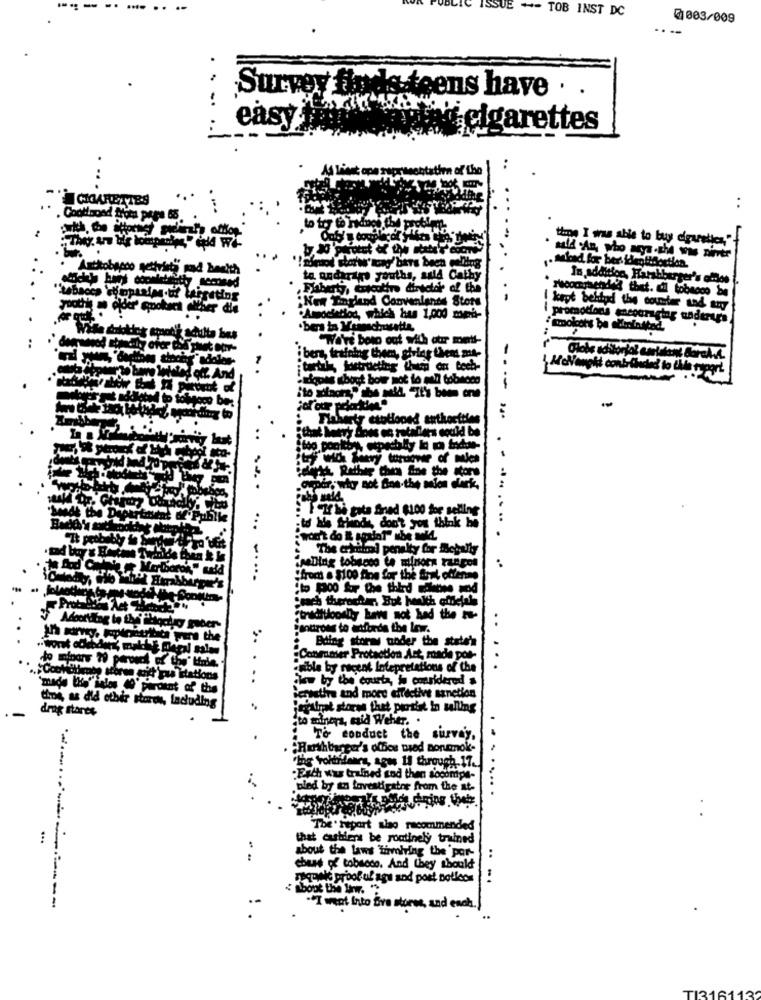
ISSUE -- TOB INST DC
@003/009
Survey fayds-teens have . .
easy ##
aplné cigarettes
CIGARETTES
..
Coolloond from page 65
to tor to
said An, Who aya -the was nimver
. skad for ber. identidortlen.
to andarare youths, auld Cathy
In addition, Harshberger's emos
director of the
iting
"New Tagland Convenlands Stors
-
Hoomnisendid thet. dil tobacco be
kept behind the counter and any
Method, which has 1,000 mini-
promodoch encouraging underups
..
"We're boro out with our met-
ibers, training them, giving thems mt-
itortul kustrueting them on tech-
AoNangki contriindad to this type
atiques sbout bow mot lo well tobnces
----
hoywwww ctotioned authorities
. -
Sett Rether Chum Sine the store
:The cats Snad $100 for selling
to ke frhod, don't you think he
.......
.
Hol penalty for michelly
"reDing tobacco te minors rangos
... -....
"from . $100 fine for the Stral offenme
"sach therocher, But health officials
"traditoonly hew not had the tu-
Panttrons to adfords the Inw.
a were the
Bding storms under the statehn
Conmmer Protection Act, made pos-
sible by recent Intepretations of the
.. ...
common storen snitt'rus iatations
.. ...
how by the courta, jo cmesidered s
made Who" iales 49' percent of the
Bertathe and more effective sanction
choi, as did other stores, Including
.
Pertrat storms that partist In salling
"to molinera, said Weher. .
To conduct the survey,
Ruthbarger's ofes ted sontmok-
"the voltifears, agus 11 through 17.
....
Esch was trained sod then socompa-
bled by an tovestigator from the at-
..
The " report also recommended
...
that cashiers be routinely trained
about the laws Tirvoiring the por-
..
chass of tobacco. And they should
requwić prooluf agu sod post notkos
.-
"I went Into Sve stores, and ench.)